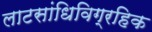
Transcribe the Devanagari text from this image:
लाटसांधिविग्रहिक